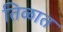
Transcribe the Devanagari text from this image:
तिळात